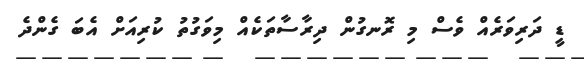
ޑީ ދަރިވަރެއް ވެސް މި ރޮނގުން ދިރާސާތަކެއް މިވަގުތު ކުރިއަށް އެބަ ގެންދެ